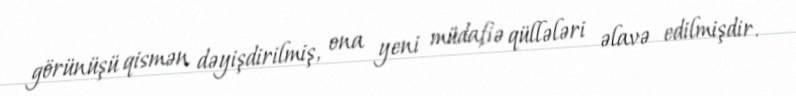
görünüşü qismən dəyişdirilmiş, ona yeni müdafiə qüllələri əlavə edilmişdir.